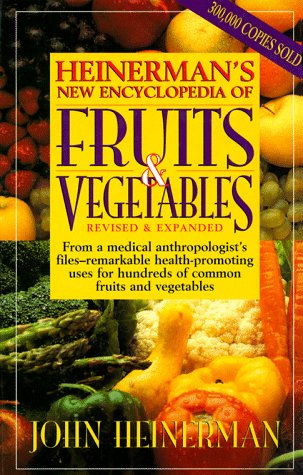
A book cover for Heinerman's New Encyclopedia of Fruits & Vegetables; John Heinerman; Medical Books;